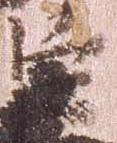
臣